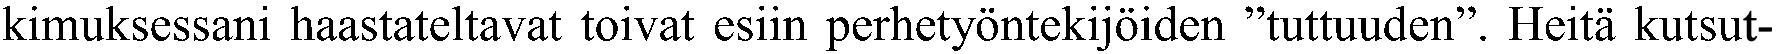
kimuksessani haastateltavat toivat esiin perhetyöntekijöiden ”tuttuuden”. Heitä kutsut-